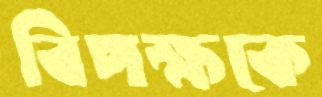
বিপক্ষকে